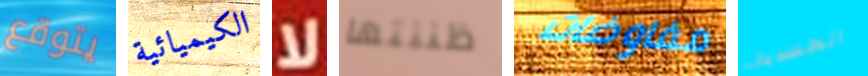
يتوقع الكيميائية لا ظننتها مفاوضات الجسدية